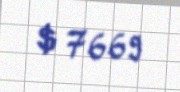
$ 7669